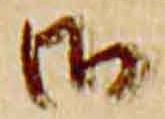
御